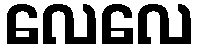
လေလေ